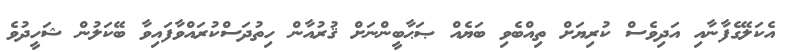
އެކަލޭގެފާނާއި އަދިވެސް ކުރިޔަށް ތިއްބެވި ބަޔެއް ޞަޙާބީންނަށް ޤުރުއާން ހިތުދަސްކުރައްވާފައިވާ ބޭކަލުން ޝަހީދުވެ